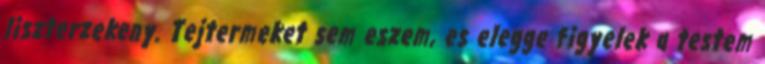
liszterzekeny. Tejtermeket sem eszem, es elegge figyelek a testem